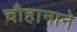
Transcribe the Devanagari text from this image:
चौहानाने